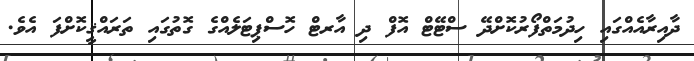
ދާއިރާއެއްގައި ހިދުމަތްފޯރުކޮށްދޭ ސްޓޭޓް އޮފް ދި އާރޓް ހޮސްޕިޓަލެއްގެ ގޮތުގައި ތަރައްޤީކޮށްފަ އެވެ.